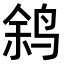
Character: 𫛬